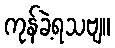
ကုန်ခဲ့ရသဗျ။